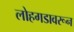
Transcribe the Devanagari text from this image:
लोहगडावरून